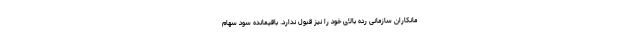
مانکاران سازمانی رده بالای خود را نیز قبول ندارد. باقیمانده سود سهام